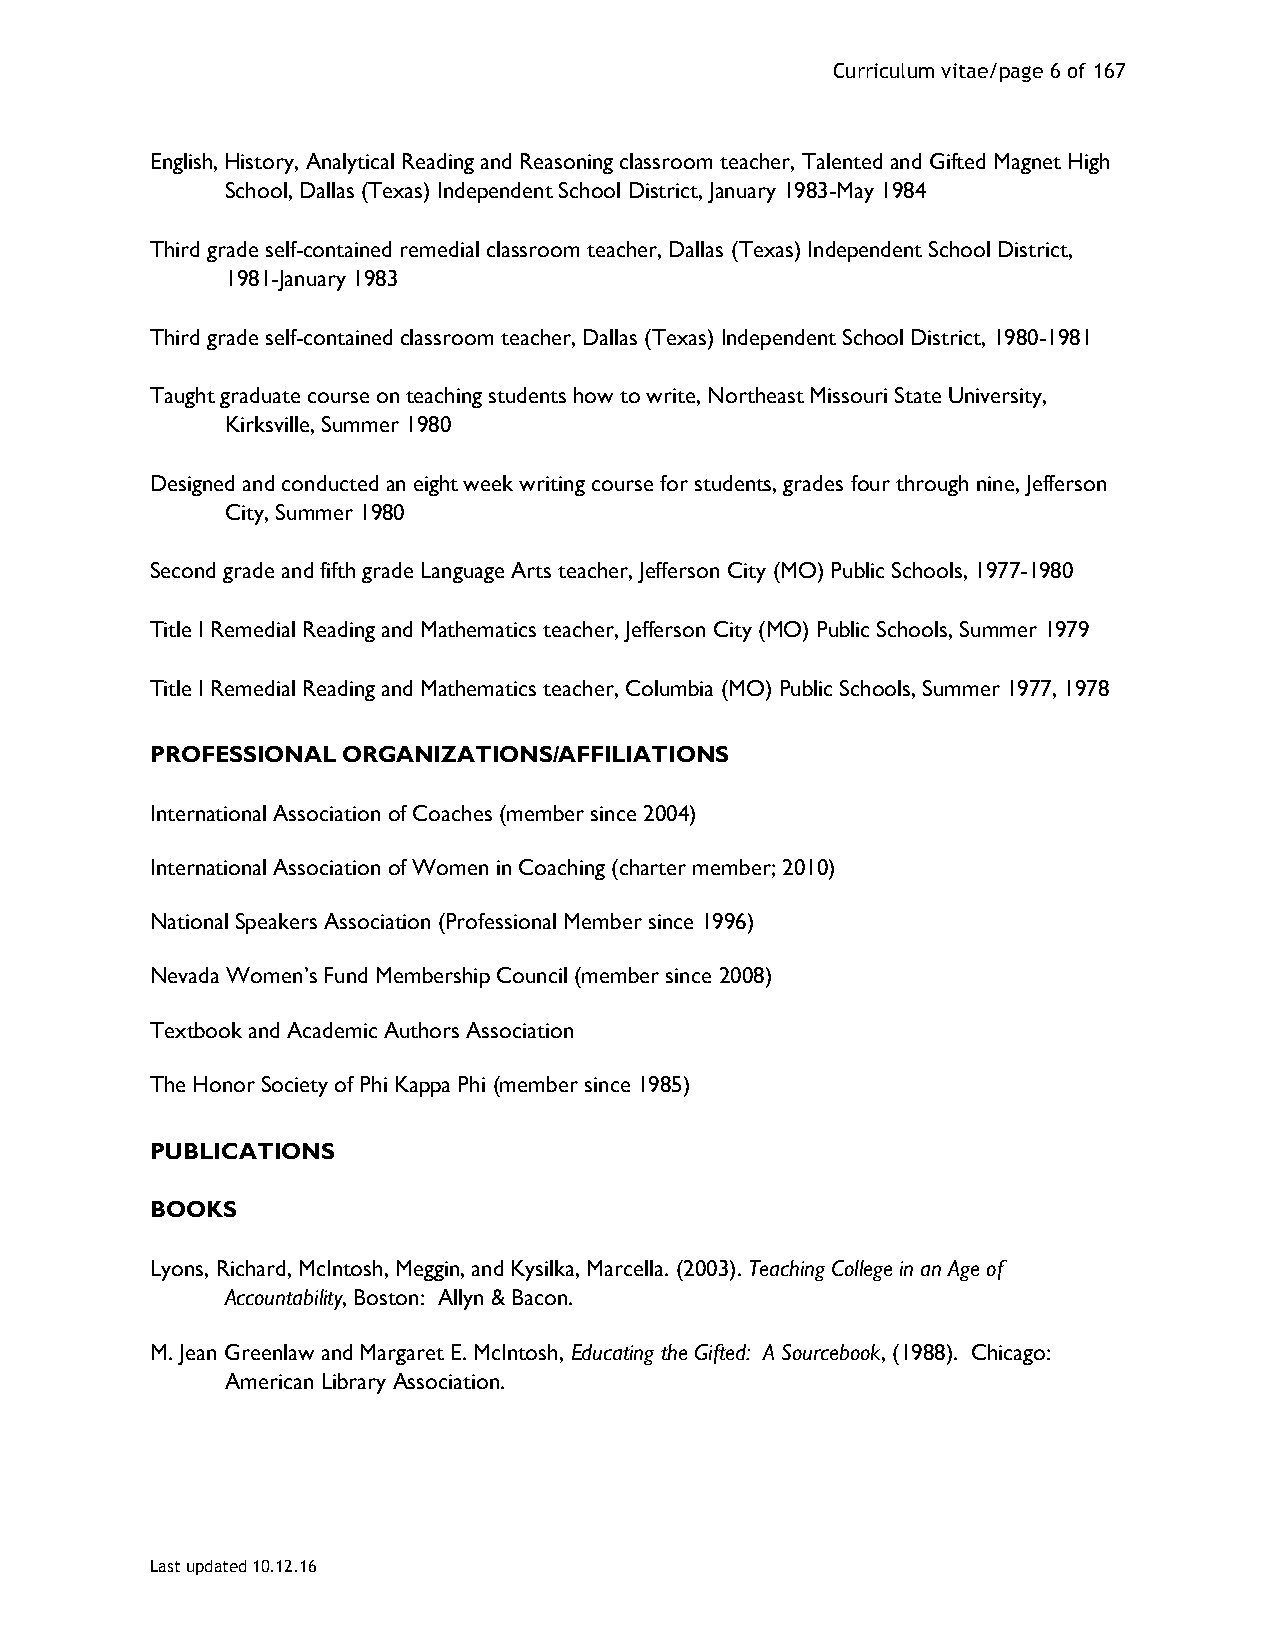
Curriculum vitae/page 6 of 167
 English, History, Analytical Reading and Reasoning classroom teacher, Talented and Gifted Magnet High
 School, Dallas (Texas) Independent School District, January 1983-May 1984
 Third grade self-contained remedial classroom teacher, Dallas (Texas) Independent School District,
 1981-January 1983
 Third grade self-contained classroom teacher, Dallas (Texas) Independent School District, 1980-1981
 Taught graduate course on teaching students how to write, Northeast Missouri State University,
 Kirksville, Summer 1980
 Designed and conducted an eight week writing course for students, grades four through nine, Jefferson
 City, Summer 1980
 Second grade and fifth grade Language Arts teacher, Jefferson City (MO) Public Schools, 1977-1980
 Title I Remedial Reading and Mathematics teacher, Jefferson City (MO) Public Schools, Summer 1979
 Title I Remedial Reading and Mathematics teacher, Columbia (MO) Public Schools, Summer 1977, 1978
 PROFESSIONAL ORGANIZATIONS/AFFILIATIONS
 International Association of Coaches (member since 2004)
 International Association of Women in Coaching (charter member; 2010)
 National Speakers Association (Professional Member since 1996)
 Nevada Women’s Fund Membership Council (member since 2008)
 Textbook and Academic Authors Association
 The Honor Society of Phi Kappa Phi (member since 1985)
 PUBLICATIONS
 BOOKS
 Lyons, Richard, McIntosh, Meggin, and Kysilka, Marcella. (2003). Teaching College in an Age of
 Accountability, Boston: Allyn & Bacon.
 M. Jean Greenlaw and Margaret E. McIntosh, Educating the Gifted: A Sourcebook, (1988). Chicago:
 American Library Association.
 Last updated 10.12.16